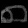
Digit: ၈